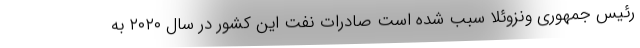
رئیس جمهوری ونزوئلا سبب شده است صادرات نفت این کشور در سال ۲۰۲۰ به